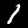
Digit: 1